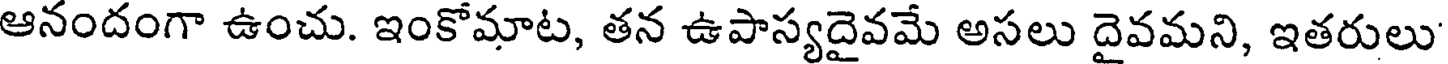
ఆనందంగా ఉంచు. ఇంకోమాట, తన ఉపాస్యదైవమే అసలు దైవమని, ఇతరులు